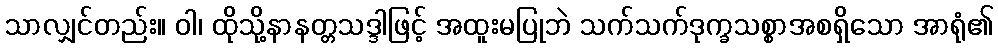
သာလျှင်တည်း။ ဝါ၊ ထိုသို့နာနတ္တသဒ္ဒါဖြင့် အထူးမပြုဘဲ သက်သက်ဒုက္ခသစ္စာအစရှိသော အာရုံ၏